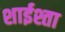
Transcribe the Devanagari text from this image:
शाईश्ता